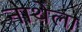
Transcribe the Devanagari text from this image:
नाथेला